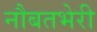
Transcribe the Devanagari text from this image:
नौबतभेरी